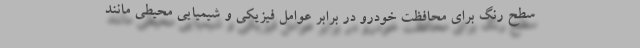
سطح رنگ برای محافظت خودرو در برابر عوامل فیزیکی و شیمیایی محیطی مانند